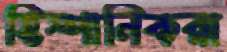
হিস্পানিকরা